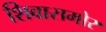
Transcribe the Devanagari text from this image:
शिवासमोर